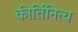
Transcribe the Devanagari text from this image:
कीर्तिनित्य